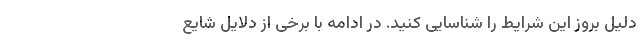
دلیل بروز این شرایط را شناسایی کنید. در ادامه با برخی از دلایل شایع